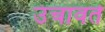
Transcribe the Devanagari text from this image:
उंचावते